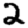
Digit: 2